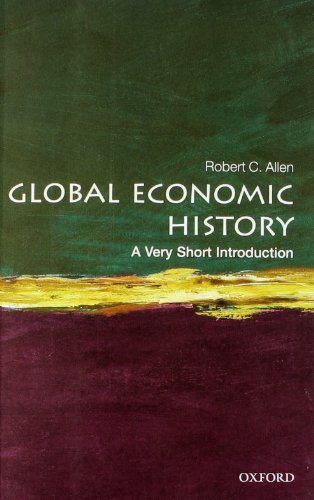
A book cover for Global Economic History: A Very Short Introduction; Robert C. Allen; Business & Money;